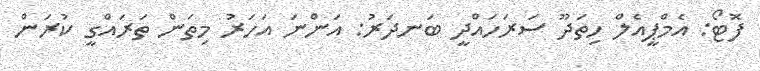
ފޮޓޯ: އެމްޕީއެލް ހިތަދޫ ސަރަހައްދީ ބަނދަރު: އަންނަ އަހަރު މިތަން ތަރައްގީ ކުރަން